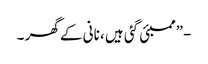
-”ممبئی گئی ہیں ، نانی کے گھر ۔